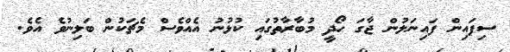
ސިފައިން ފައިނަލުން ޖާގަ ހޯދީ މުބާރާތުގައި ކުޅުނު އެއްވެސް މެޗަކުން ބަލިނުވެ އެވެ.